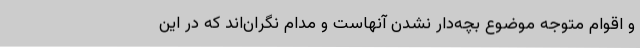
و اقوام متوجه موضوع بچه‌دار نشدن آنهاست و مدام نگران‌اند که در این